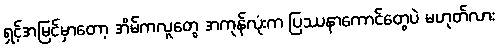
ရှင့်အမြင်မှာတော့ အိမ်ကလူတွေ အကုန်လုံးက ပြဿနာကောင်တွေပဲ မဟုတ်လား